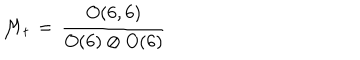
{ \cal M } _ { t } \, = \, \frac { O ( 6 , 6 ) } { O ( 6 ) \otimes O ( 6 ) } \nonumber